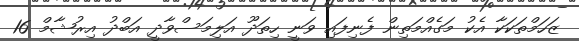
ޒަހަމްތަކަކާ އެކު މަގެއްމަތިން ފެނިފައި ވަނީ ހިތަދޫ އަލިމަސްވާދީ އަބްދު އިރުޝާމް 16